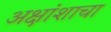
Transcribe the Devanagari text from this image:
अक्षांशाचा